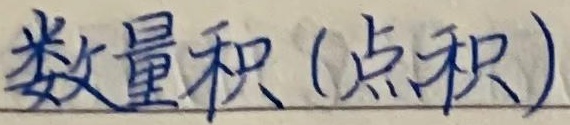
数量积（点积）